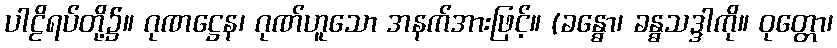
ပါဠိရပ်တို့၌။ ဂုဏဋ္ဌေန၊ ဂုဏ်ဟူသော အနက်အားဖြင့်။ (ခန္ဓော၊ ခန္ဓသဒ္ဒါကို။ ဝုတ္တော၊